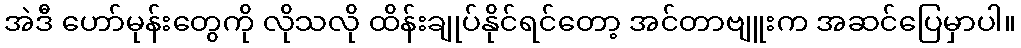
အဲဒီ ဟော်မုန်းတွေကို လိုသလို ထိန်းချုပ်နိုင်ရင်တော့ အင်တာဗျူးက အဆင်ပြေမှာပါ။